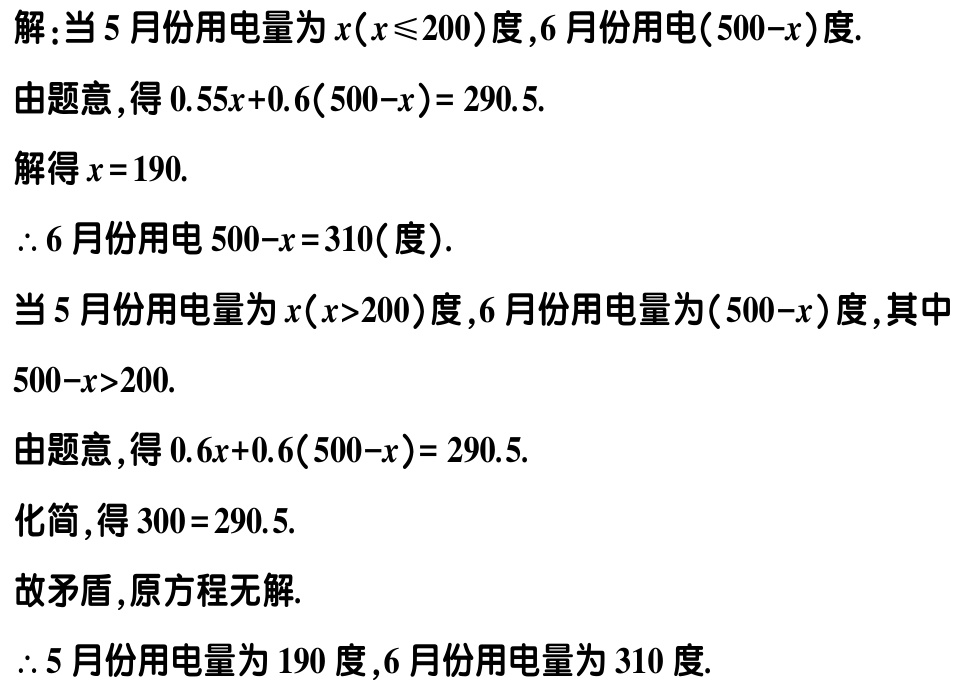
解：当5月份用电量为\(x(x\leqslant200)\)度，6月份用电\((500 - x)\)度.

由题意，得\(0.55x + 0.6(500 - x)=290.5\).

解得\(x = 190\).

\(\therefore\)6月份用电\(500 - x = 310\)(度).

当5月份用电量为\(x(x>200)\)度，6月份用电量为\((500 - x)\)度，其中\(500 - x>200\).

由题意，得\(0.6x + 0.6(500 - x)=290.5\).

化简，得\(300 = 290.5\).

故矛盾，原方程无解.

\(\therefore\)5月份用电量为190度，6月份用电量为310度.